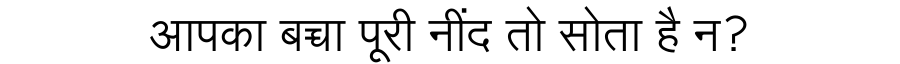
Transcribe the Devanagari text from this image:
आपका बच्चा पूरी नींद तो सोता है न?